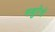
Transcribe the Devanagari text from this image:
मथुरेचे